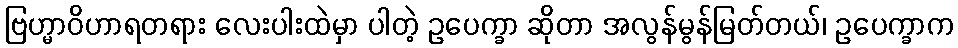
ဗြဟ္မာဝိဟာရတရား လေးပါးထဲမှာ ပါတဲ့ ဥပေက္ခာ ဆိုတာ အလွန်မွန်မြတ်တယ်၊ ဥပေက္ခာက